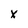
Character: X